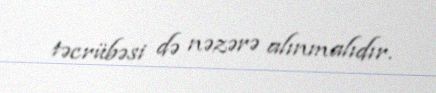
təcrübəsi də nəzərə alınmalıdır.